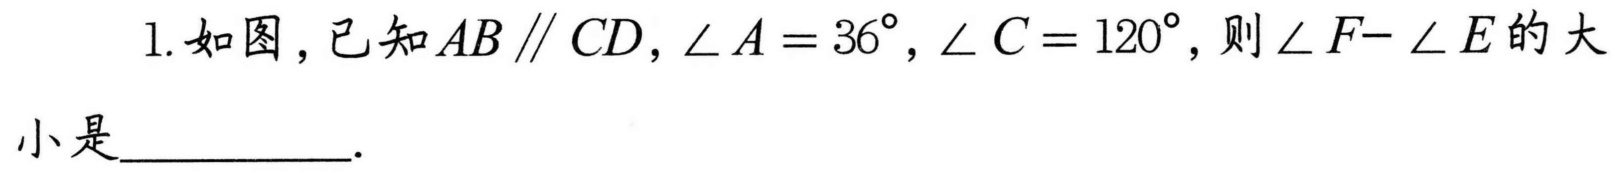
1. 如图，已知\(AB\parallel CD\)，\(\angle A = 36^{\circ}\)，\(\angle C = 120^{\circ}\)，则\(\angle F - \angle E\)的大小是__________.